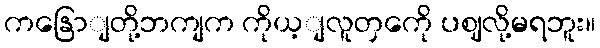
ကနြောျတို့ဘကျက ကိုယ့ျလူတှကေို ပဈလို့မရဘူး။